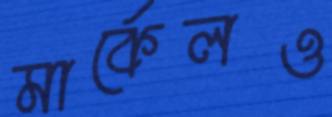
মার্কেলও